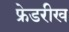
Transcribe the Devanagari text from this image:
फ्रेडरीख